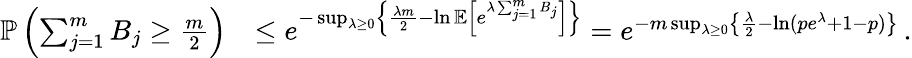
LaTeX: \begin{array}{rl}{\mathbb P\left(\sum_{j=1}^{m}B_{j}\geq\frac{m}{2}\right)}&{\leq e^{-\operatorname*{sup}_{\lambda\geq 0}\left\{ \frac{\lambda m}{2}-\ln\mathbb E\left[e^{\lambda\sum_{j=1}^{m}B_{j}}\right]\right\} }=e^{-m\operatorname*{sup}_{\lambda\geq 0}\left\{ \frac{\lambda}{2}-\ln(pe^{\lambda}+1-p)\right\} }\, .}\end{array}